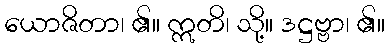
ယောဇိတာ၊ ၏။ ဣတိ၊ သို့။ ဒဋ္ဌဗ္ဗာ၊ ၏။